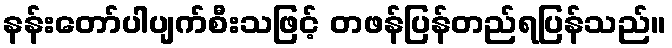
နန်းတော်ပါပျက်စီးသဖြင့် တဖန်ပြန်တည်ရပြန်သည်။